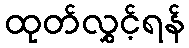
ထုတ်လွှင့်ရန်